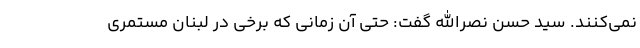
نمی‌کنند. سید حسن نصرالله گفت: حتی آن زمانی که برخی در لبنان مستمری